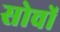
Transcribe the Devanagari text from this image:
सोचों